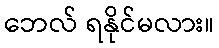
ဘေလ် ရနိုင်မလား။